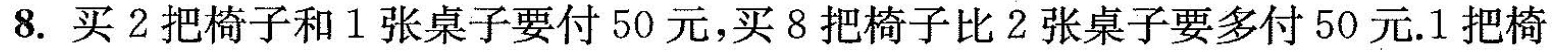
8.买2把椅子和1张桌子要付50元，买8把椅子比2张桌子要多付50元。1把椅